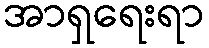
အာရှရေးရာ